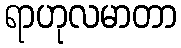
ရာဟုလမာတာ